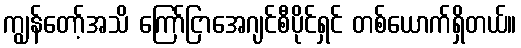
ကျွန်တော့်အသိ ကြော်ငြာအေဂျင်စီပိုင်ရှင် တစ်ယောက်ရှိတယ်။